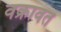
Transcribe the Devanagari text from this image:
वक्रावत